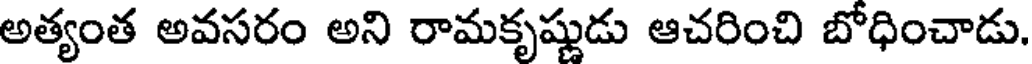
అత్యంత అవసరం అని రామకృష్ణుడు ఆచరించి బోధించాడు.